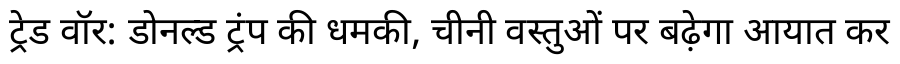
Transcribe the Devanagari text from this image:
ट्रेड वॉर: डोनल्ड ट्रंप की धमकी, चीनी वस्तुओं पर बढ़ेगा आयात कर